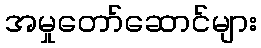
အမှုတော်ဆောင်များ